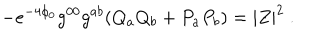
LaTeX: - e ^ { - 4 \phi _ { 0 } } g ^ { 0 0 } g ^ { a b } ( Q _ { a } Q _ { b } + P _ { a } P _ { b } ) = | Z | ^ { 2 } \ .